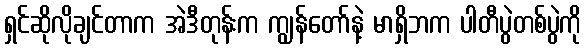
ရှင်ဆိုလိုချင်တာက အဲဒီတုန်းက ကျွန်တော်နဲ့ မာရှိဘက ပါတီပွဲတစ်ပွဲကို